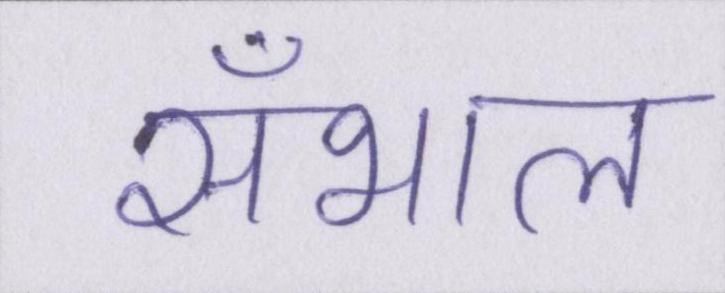
सँभाल